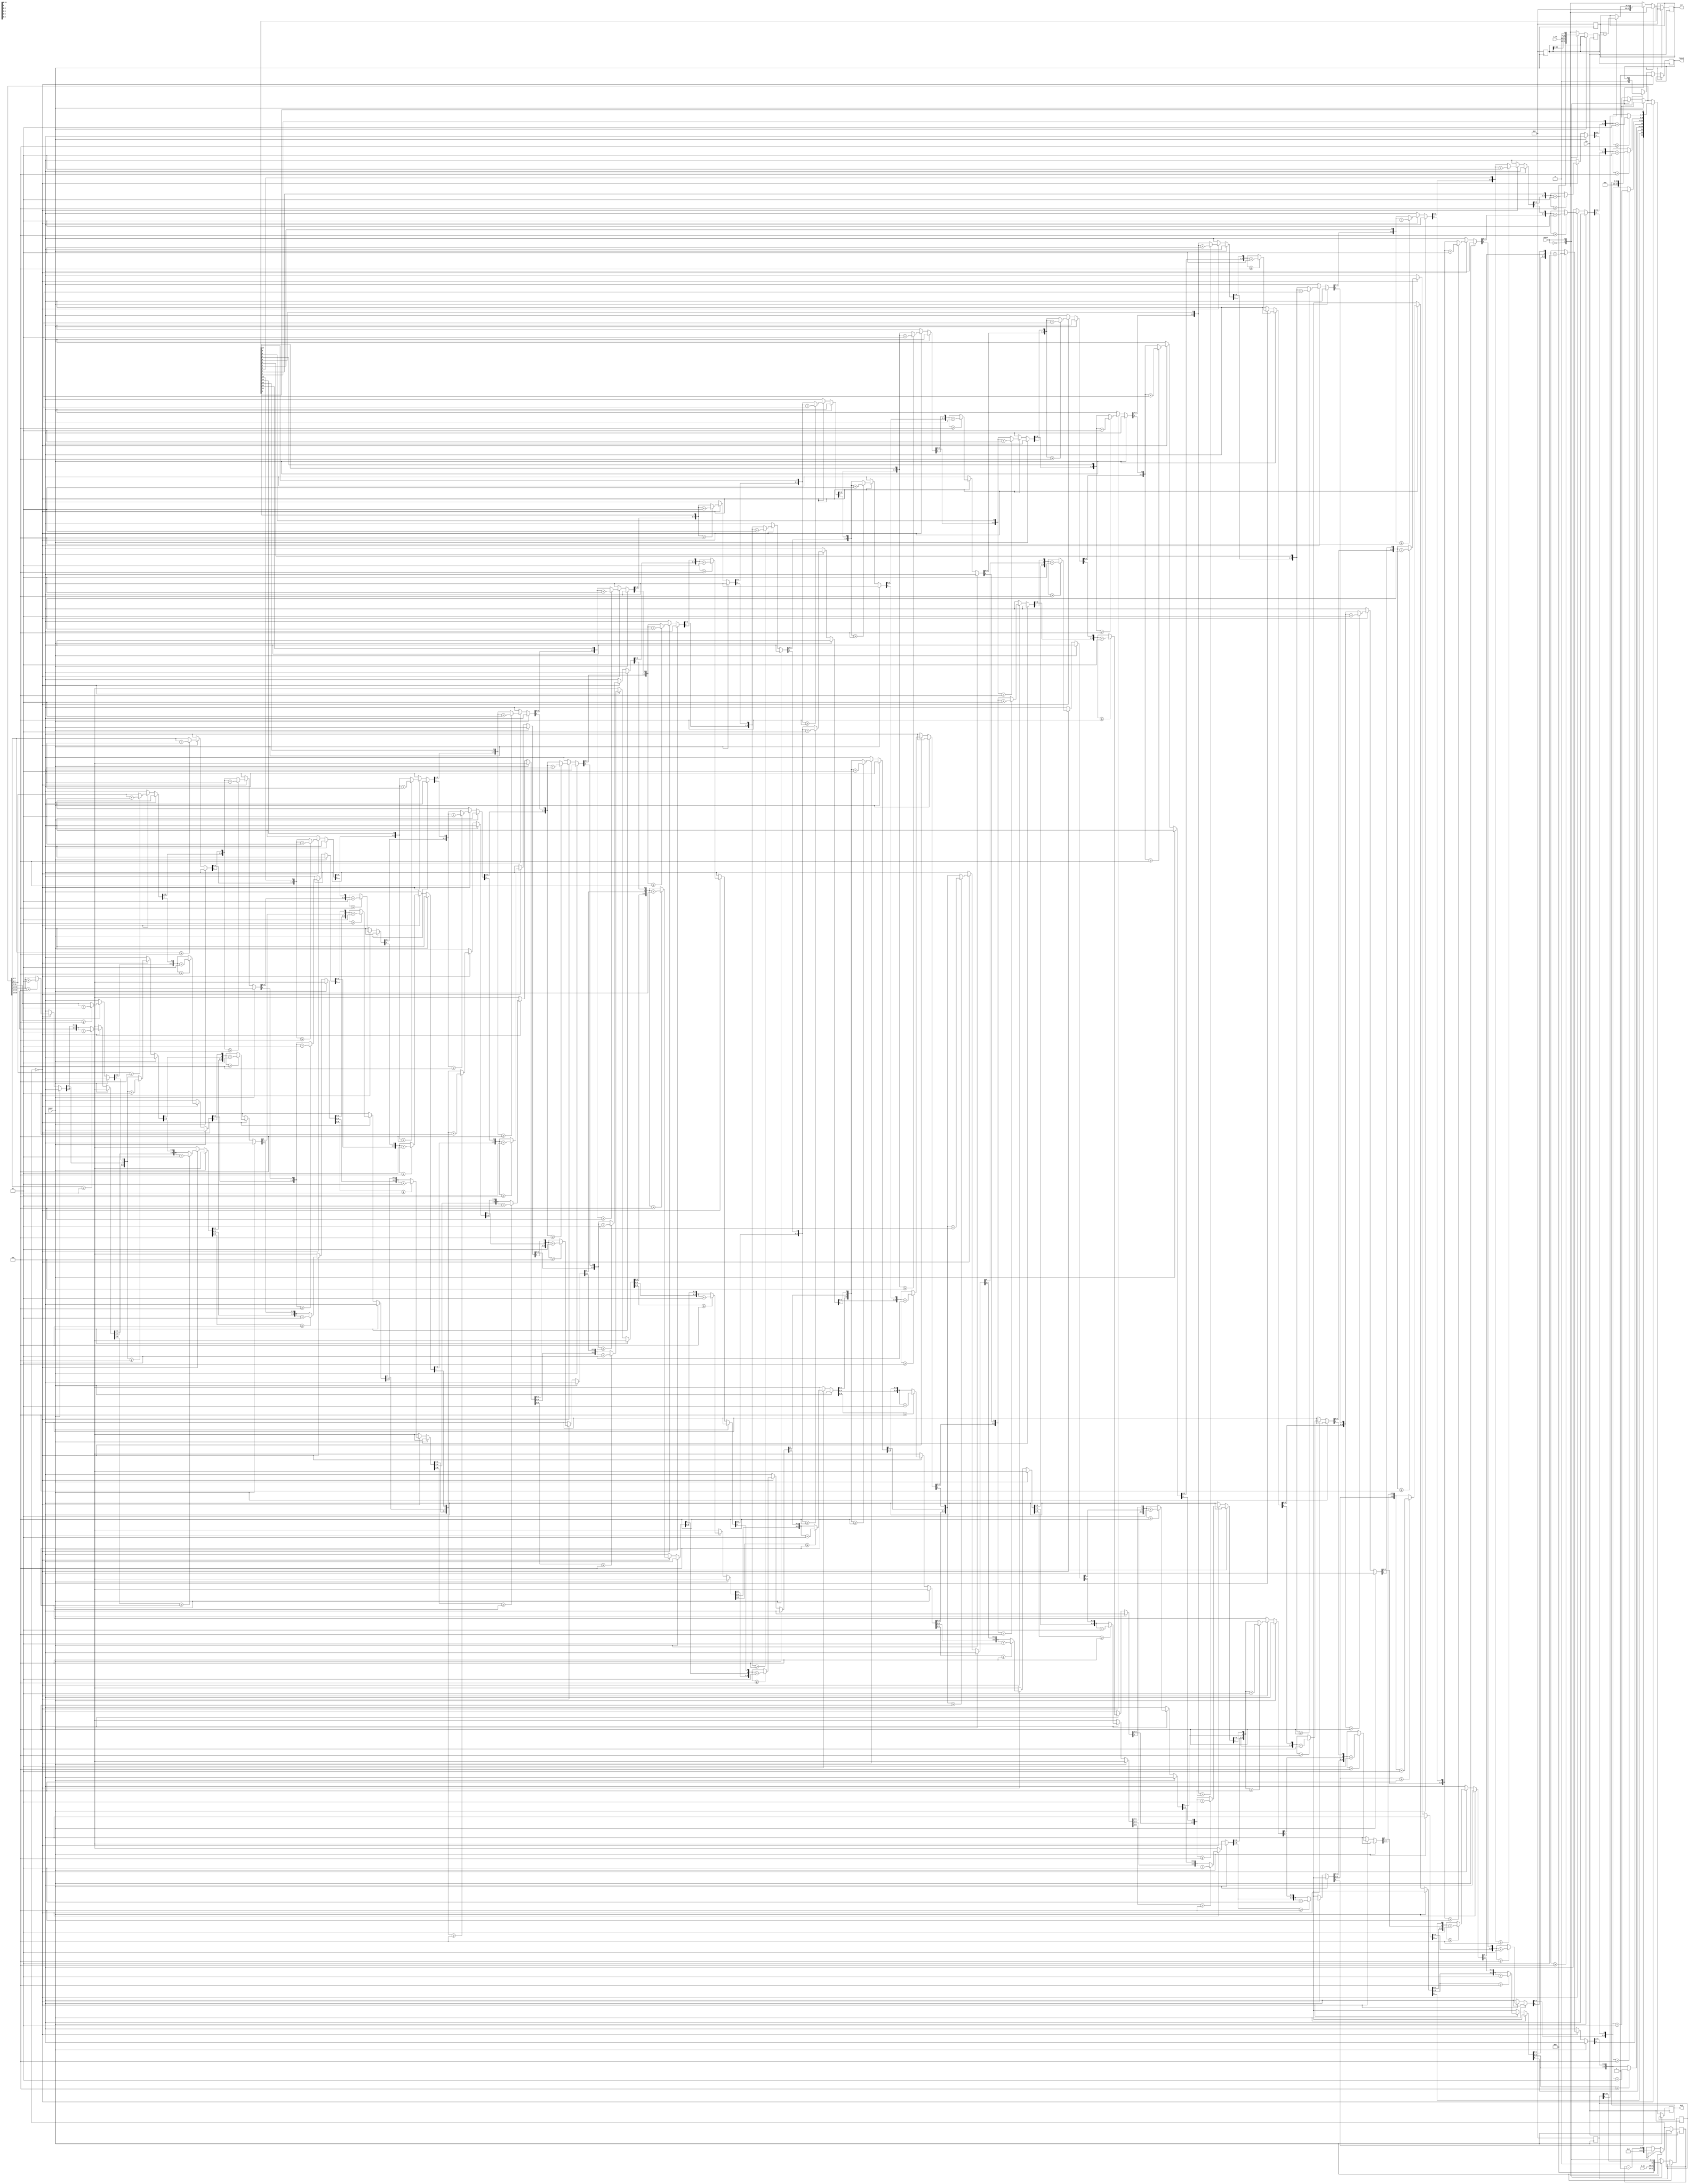
`timescale 1ns / 1ps


module multiplier(
		out, a_in, b_in, clk, start, reset, finish, bcd
	);
	
parameter N = 8;

// Outputs
output[(((N*2)/3)+1)*4-1:0] bcd; 
output[(N*2)-1:0] out;
output finish;

// Inputs
input start;
input clk;
input reset;
input [N-1:0] a_in;
input [N-1:0] b_in;

// Reference registers
reg[(((N*2)/3)+1)*4-1:0] bcd_reg = 0;
reg[(N*2)-1:0] out_reg;
reg finish_reg = 0;
reg [(N*2)-1:0] a_in_reg;
reg [(N*2)-1:0] b_in_reg;
reg [8:0] bits;

// Continuous assignment
assign bcd = bcd_reg; 
assign out = out_reg;
assign finish = finish_reg;

integer i, j;  

// Reset clk and inputs
always @(negedge reset)
begin
	out_reg = 0;
	a_in_reg = 0;
	b_in_reg = 0;
end

always @(posedge clk)
begin
	if(!reset)
	begin
		case(start)
			1'b0: begin
				a_in_reg = a_in;
				b_in_reg = b_in;
				bits = N;
				finish_reg = 0;
				out_reg = 0;
				bcd_reg = 0; 
				$display("Values loaded into the input register!");
			end
			
			1'b1: begin
				if(b_in_reg[0]==1)
				begin
					out_reg = out_reg + a_in_reg;
				end
				bits = bits - 1;
				a_in_reg = a_in_reg<<1;
				b_in_reg = b_in_reg>>1;				
			end
		endcase
		if(bits==0)
		begin
			$display("Multiplication completed!");
			finish_reg = 1'b1;
			
			//----------------------------------------------------------------------
			// conversion of binary to bcd
			for(i=0;i<(N*2);i=i+1)
			begin
				if (3 <= (((N*2)/3)+1)*4-1 && bcd_reg[3:0] >= 5) bcd_reg[3:0] = bcd_reg[3:0] + 3;		
				if (7 <= (((N*2)/3)+1)*4-1 && bcd_reg[7:4] >= 5) bcd_reg[7:4] = bcd_reg[7:4] + 3;
				if (11 <= (((N*2)/3)+1)*4-1 && bcd_reg[11:8] >= 5) bcd_reg[11:8] = bcd_reg[11:8] + 3;
				if (15 <= (((N*2)/3)+1)*4-1 && bcd_reg[15:12] >= 5) bcd_reg[15:12] = bcd_reg[15:12] + 3;
				if (19 <= (((N*2)/3)+1)*4-1 && bcd_reg[19:16] >= 5) bcd_reg[19:13] = bcd_reg[19:13] + 3;
				bcd_reg = {bcd_reg[(((N*2)/3)+1)*4-2:0],out_reg[(N*2)-1-i]};
			end
			//----------------------------------------------------------------------
			$display("Conversion of binary to BCD completed!");

		end
	end
end
endmodule